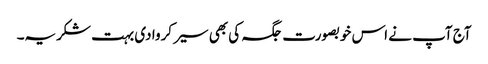
آج آپ نے اس خوبصورت جگہ کی بھی سیر کروا دی بہت شکریہ۔